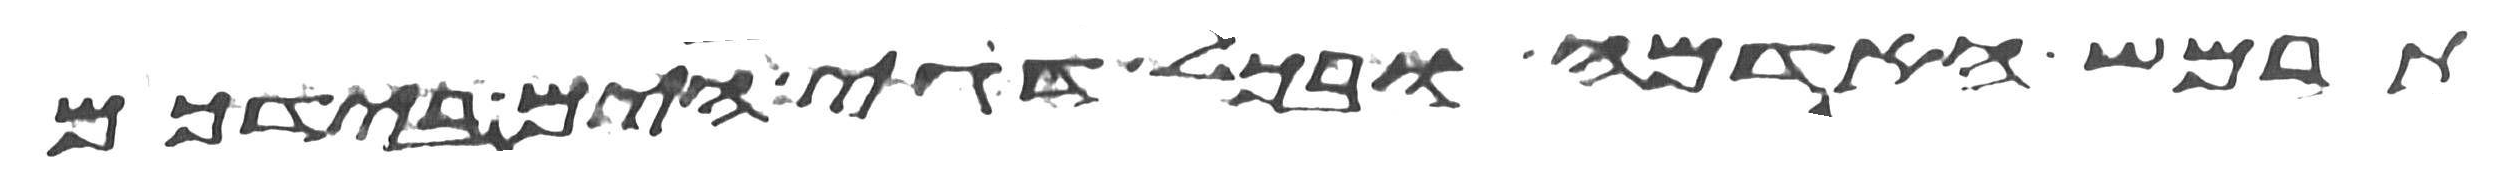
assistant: תרמש האדמה ובכל דגי הים בידכם